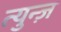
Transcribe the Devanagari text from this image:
त्युन्ज़